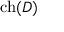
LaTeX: \operatorname { c h } ( D )